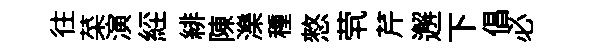
往菜演𦀇緋陳濼種憗茕芹邂下倡必